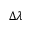
\Delta \lambda